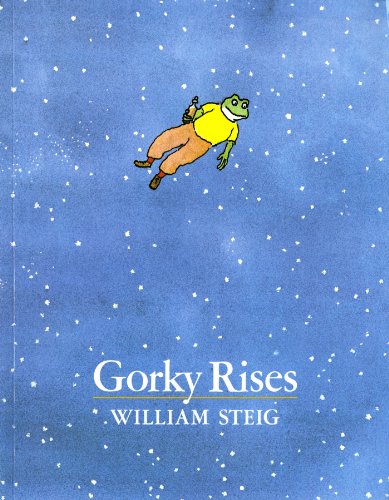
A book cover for Gorky Rises; William Steig; Children's Books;